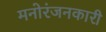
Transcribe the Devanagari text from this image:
मनोरंजनकारी